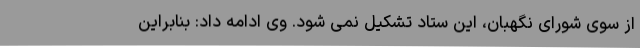
از سوی شورای نگهبان، این ستاد تشکیل نمی شود. وی ادامه داد: بنابراین